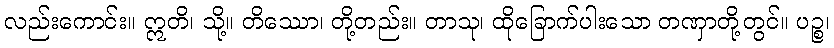
လည်းကောင်း။ ဣတိ၊ သို့။ တိဿော၊ တို့တည်း။ တာသု၊ ထိုခြောက်ပါးသော တဏှာတို့တွင်။ ပဉ္စ၊